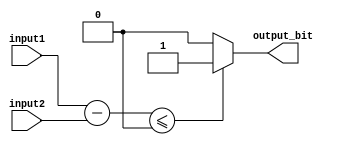
module comparator (
    input [7:0] input1,
    input [7:0] input2,
    output reg output_bit
);

reg [8:0] difference;

always @(*) begin
    difference = input1 - input2;
    if (difference <= 0) begin
        output_bit = 1;
    end else begin
        output_bit = 0;
    end
end

endmodule